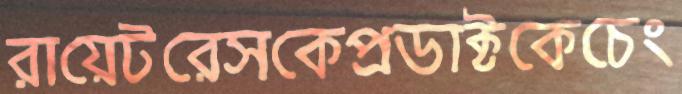
রায়েটরেসকেপ্রডাক্টকেচেং